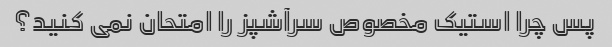
پس چرا استیک مخصوص سرآشپز را امتحان نمی کنید؟